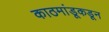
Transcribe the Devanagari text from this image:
काठमांडूकडून